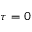
\tau = 0